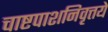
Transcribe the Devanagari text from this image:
चाष्टपाशनिवृत्तये